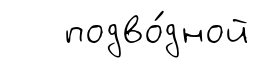
подво́дной